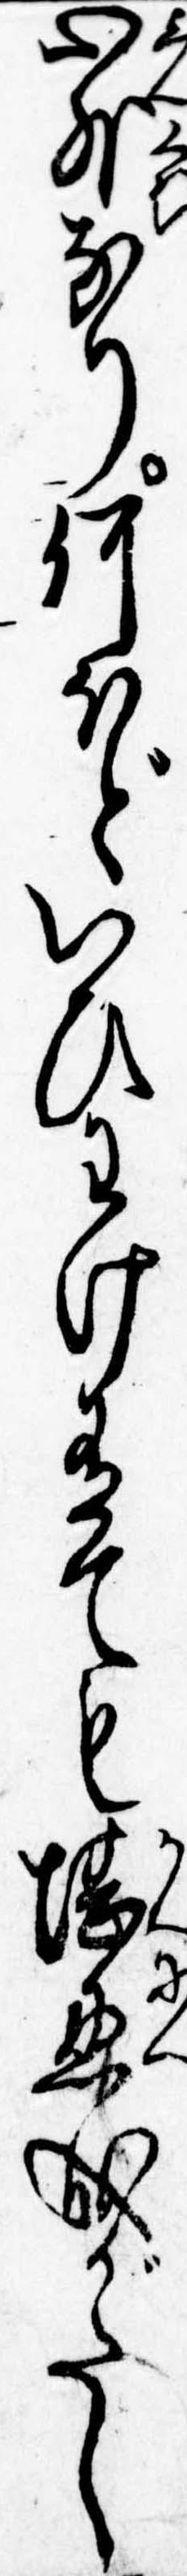
心外なり何ほどいひわけ有ても堪忍成がたし